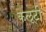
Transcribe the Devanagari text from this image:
कलूटी